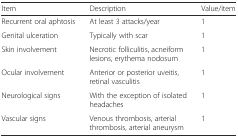
| Item | Description | Value/item |
 | --- | --- | --- |
 | Recurrent oral aphtosis | At least 3 attacks/year | 1 |
 | Genital ulceration | Typically with scar | 1 |
 | Skin involvement | Necrotic folliculitis, acneiform lesions, erythema nodosum | 1 |
 | Ocular involvement | Anterior or posterior uveitis, retinal vasculitis | 1 |
 | Neurological signs | With the exception of isolated headaches | 1 |
 | Vascular signs | Venous thrombosis, arterial thrombosis, arterial aneurysm | 1 |